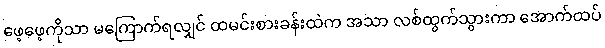
ဖေ့ဖေ့ကိုသာ မကြောက်ရလျှင် ထမင်းစားခန်းထဲက အသာ လစ်ထွက်သွားကာ အောက်ထပ်